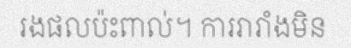
រងផលប៉ះពាល់។ ការរារាំងមិន